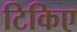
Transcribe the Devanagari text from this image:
टिकिए